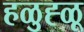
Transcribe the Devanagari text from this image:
हळुह्ळू